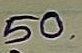
50